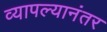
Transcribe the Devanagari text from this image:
व्यापल्यानंतर